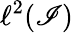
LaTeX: \ell^{2}(\mathscr{I})